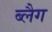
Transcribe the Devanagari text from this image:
ब्लैग